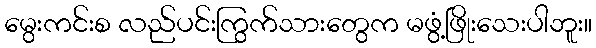
မွေးကင်းစ လည်ပင်းကြွက်သားတွေက မဖွံ့ဖြိုးသေးပါဘူး။